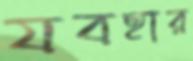
যবহার